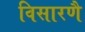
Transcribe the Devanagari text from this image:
विसारणै